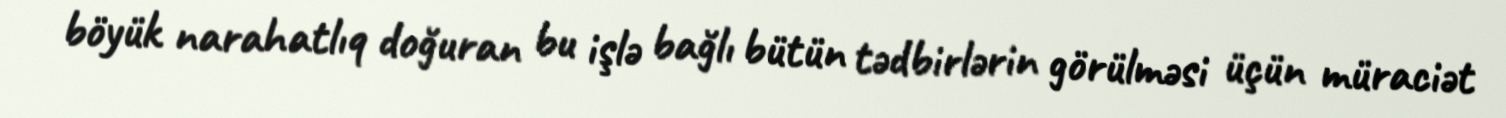
böyük narahatlıq doğuran bu işlə bağlı bütün tədbirlərin görülməsi üçün müraciət